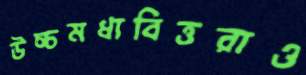
উচ্চমধ্যবিত্তরাও